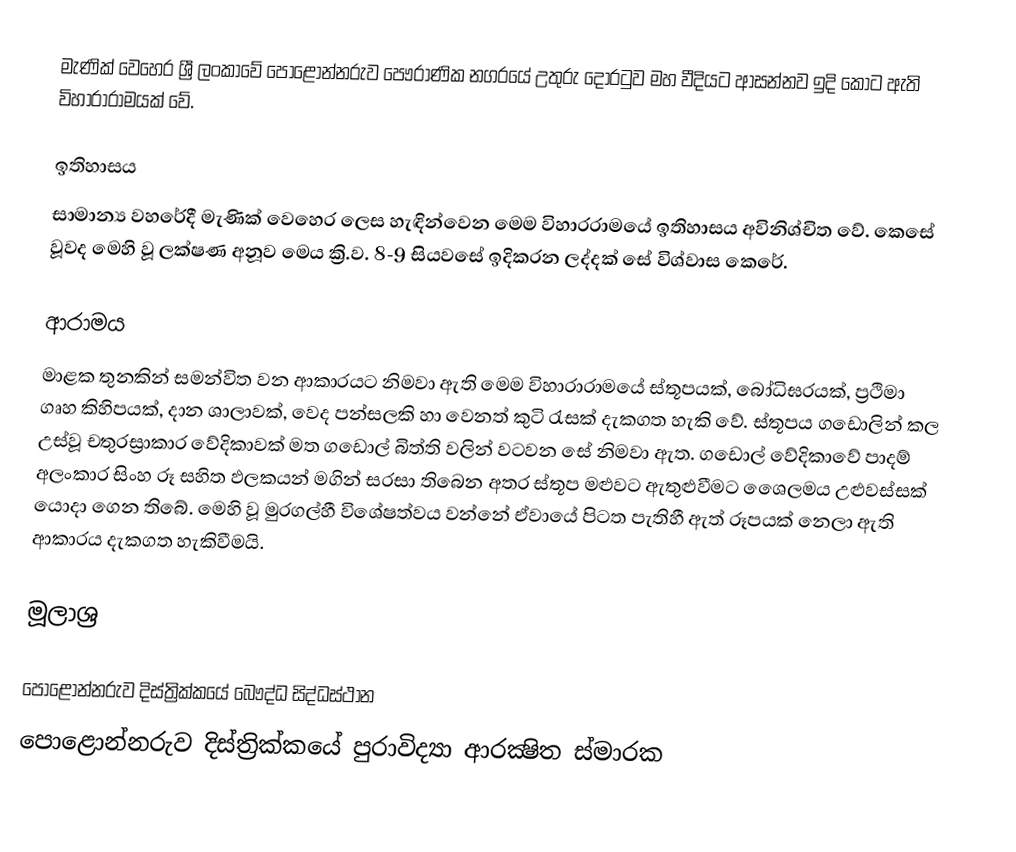
මැණික් වෙහෙර ශ්‍රී ලංකාවේ පොළොන්නරුව පෞරාණික නගරයේ උතුරු දොරටුව මහ වීදියට ආසන්නව ඉදි කොට ඇති විහාරාරාමයක් වේ.

ඉතිහාසය
සාමාන්‍ය වහරේදී මැණික් වෙහෙර ලෙස හැඳින්වෙන මෙම විහාරරාමයේ ඉතිහාසය අවිනිශ්චිත වේ. කෙසේ වූවද මෙහි වූ ලක්ෂණ අනූව මෙය ක්‍රි.ව. 8-9 සියවසේ ඉදිකරන ලද්දක් සේ විශ්වාස කෙරේ.

ආරාමය
මාළක තුනකින් සමන්විත වන ආකාරයට නිමවා ඇති මෙම විහාරාරාමයේ ස්තූපයක්, බෝධිඝරයක්, ප්‍රථිමා ගෘහ කිහිපයක්, දාන ශාලාවක්, වෙද පන්සලකි හා වෙනත් කුටි රැසක් දැකගත හැකි වේ. ස්තූපය ගඩොලින් කල උස්වූ චතුරස්‍රාකාර වේදිකාවක් මත ගඩොල් බිත්ති වලින් වටවන සේ නිමවා ඇත. ගඩොල් වේදිකාවේ පාදම් අලංකාර සිංහ රූ සහිත ඵලකයන් මගින් සරසා තිබෙන අතර ස්තූප මළුවට ඇතුළුවීමට ශෙෙලමය උළුවස්සක් යොදා ගෙන තිබේ. මෙහි වූ මුරගල්හී විශේෂත්වය වන්නේ ඒවායේ පිටත පැතිහී ඇත් රූපයක් නෙලා ඇති ආකාරය දැකගත හැකිවීමයි.

මූලාශ්‍ර

පොළොන්නරුව දිස්ත්‍රික්කයේ බෞද්ධ සිද්ධස්ථාන
පොළොන්නරුව දිස්ත්‍රික්කයේ පුරාවිද්‍යා ආරක්‍ෂිත ස්මාරක